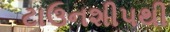
ટાઉનશીપથી